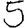
Digit: 5